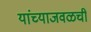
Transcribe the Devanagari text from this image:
यांच्याजवळची